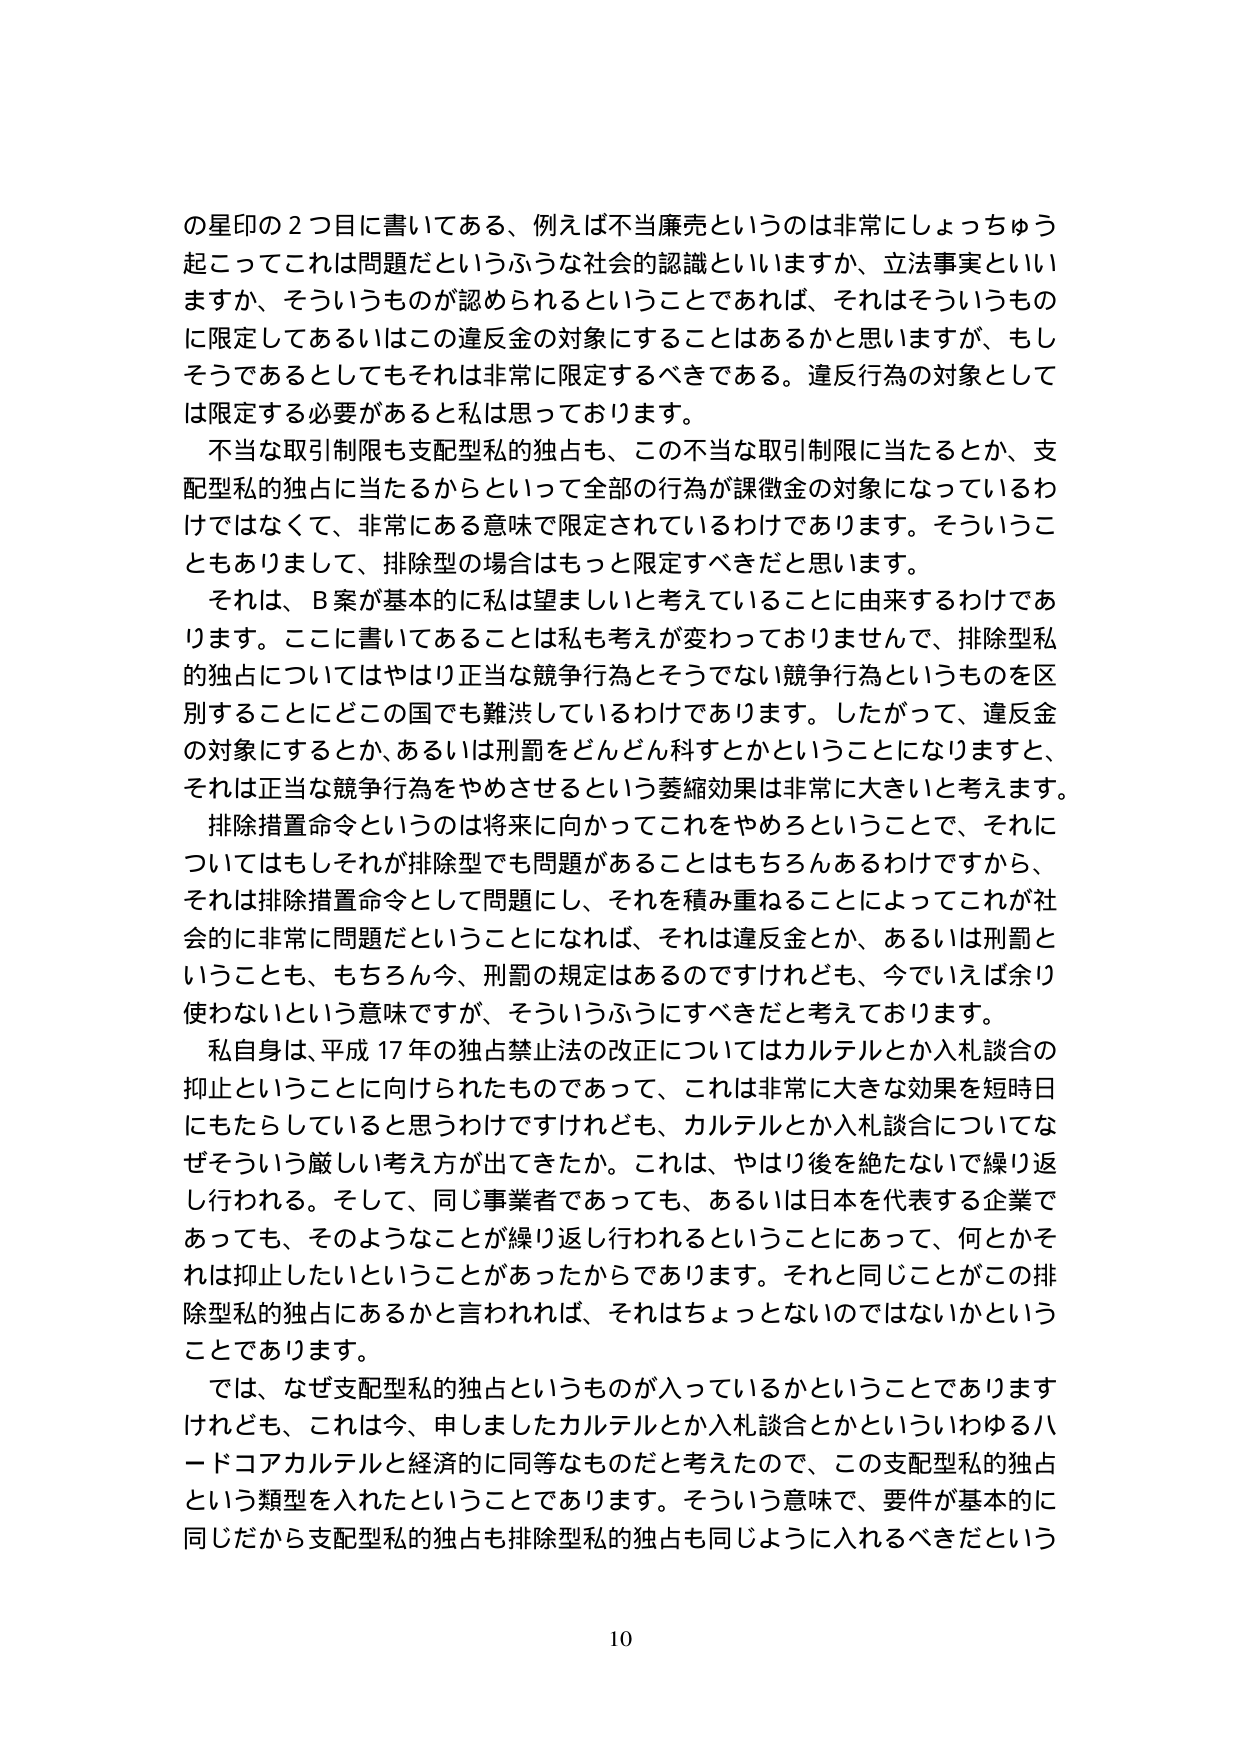
の星印の２つ目に書いてある、例えば不当廉売というのは非常にしょっちゅう起こってこれは問題だというふうな社会的認識といいますか、立法事実といいますか、そういうものが認められるということであれば、それはそういうものに限定してあるいはこの違反金の対象にすることはあるかと思いますが、もしそうであるとしてもそれは非常に限定するべきである。違反行為の対象としては限定する必要があると私は思っております。

不当な取引制限も支配型私的独占も、この不当な取引制限に当たるとか、支配型私的独占に当たるからといって全部の行為が課徴金の対象になっているわけではなくて、非常にある意味で限定されているわけであります。そういうこともありまして、排除型の場合はもっと限定すべきだと思います。

それは、Ｂ案が基本的に私は望ましいと考えていることに由来するわけであります。ここに書いてあることは私も考えが変わっておりませんで、排除型私的独占についてはやはり正当な競争行為とそうでない競争行為というものを区別することにどの国でも難渋しているわけであります。したがって、違反金の対象にするとか、あるいは刑罰をどんどん科すとかということになりますと、それは正当な競争行為をやめさせるという萎縮効果は非常に大きいと考えます。

排除措置命令というのは将来に向かってこれをやめるということで、それについてはもしそれが排除型でも問題があることはもちろんあるわけですから、それは排除措置命令として問題にし、それを積み重ねることによってこれが社会的に非常に問題だということになれば、それは違反金とか、あるいは刑罰ということも、もちろん今、刑罰の規定はあるのですけれども、今でいえば余り使わないという意味ですが、そういうふうにすべきだと考えております。

私自身は、平成17年の独占禁止法の改正についてはカルテルとか入札談合の抑止ということに向けられたものであって、これは非常に大きな効果を短時日にもたらしていると思うわけですがけれども、カルテルとか入札談合についてなぜそういう厳しい考え方が出てきたか。これは、やはり後を絶たないで繰り返し行われる。そして、同じ事業者であっても、あるいは日本を代表する企業であっても、そのようなことが繰り返し行われるということにあって、何とかそれは抑止したいということがあったからであります。それと同じことがこの排除型私的独占にあるかと言われれば、それはちょっとないのではないかということです。

では、なぜ支配型私的独占というものが入っているかということでありますけれども、これは今、申しましたカルテルとか入札談合とかといういわゆるハードコアカルテルと経済的に同等なものだと考えたので、この支配型私的独占という類型を入れたということであります。そういう意味で、要件が基本的に同じだから支配型私的独占も排除型私的独占も同じように入れるべきだという

10